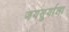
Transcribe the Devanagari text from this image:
जयसुर्याला